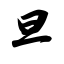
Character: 旦